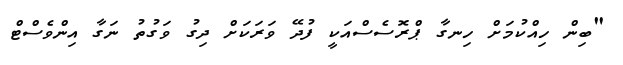
"ބިން ހިއްކުމަށް ހިނގާ ޕްރޮސެސްއަކީ ފުދޭ ވަރަކަށް ދިގު ވަގުތު ނަގާ އިންވެސްޓް